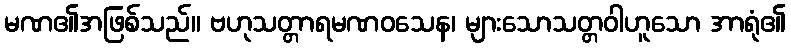
မဏ၏အဖြစ်သည်။ ဗဟုသတ္တာရမဏဝသေန၊ များသောသတ္တဝါဟူသော အာရုံ၏